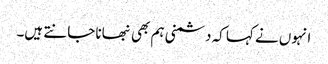
انہوں نے کہا کہ دشمنی ہم بھی نبھانا جانتے ہیں۔